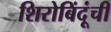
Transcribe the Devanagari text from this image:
शिरोबिंदूंची